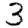
Digit: 3